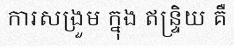
ការសង្រួម ក្នុង ឥន្ទ្រិយ គឺ